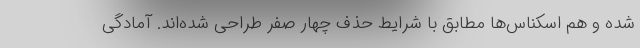
شده و هم اسکناس‌ها مطابق با شرایط حذف چهار صفر طراحی شده‌اند. آمادگی